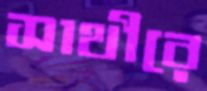
সাথীরে